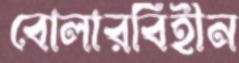
বোলারবিহীন